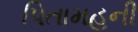
પિતામહની